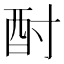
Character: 酎